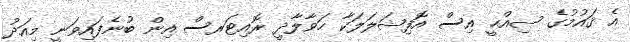
އެ ޤައުމުގެ ޞިއްޙީ އިސް އޮފިޝަލަލަކާ ހަވާލާދީ ރޮއިޓަރސް އިން ބުނެފައިވަނީ މިއަދު